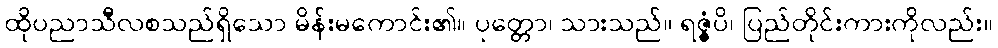
ထိုပညာသီလစသည်ရှိသော မိန်းမကောင်း၏။ ပုတ္တော၊ သားသည်။ ရဇ္ဇံပိ၊ ပြည်တိုင်းကားကိုလည်း။